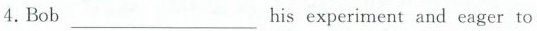
4. Bob______his experiment and eager to